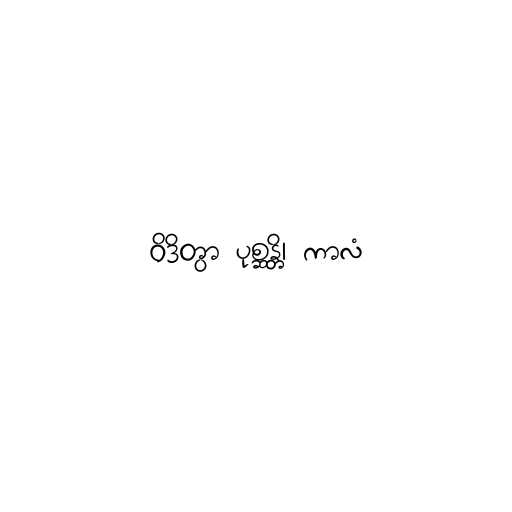
ဝိဒိတွာ ပုစ္ဆန္တိ၊ ကာလံ